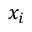
x _ { i }